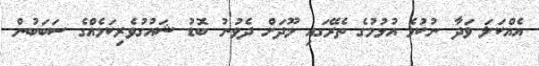
އެއްކަލަ ވަދާ ނުކުމެ އުޅުމުގެ ތެރޭގައި މޫދަށް ދެވުނު ބޮޑު ޝައުގުވެރިކަމެއްގެ ސަބަބުން